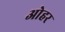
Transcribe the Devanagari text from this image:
ओहर